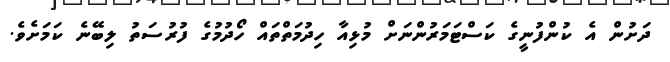
ދަށުން އެ ކުންފުނީގެ ކަސްޓަމަރުންނަށް މުޅިއާ ހިދުމަތްތައް ހޯދުމުގެ ފުރުސަތު ލިބޭނެ ކަމަށެވެ.